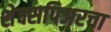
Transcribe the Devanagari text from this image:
शेक्सपिअरचा